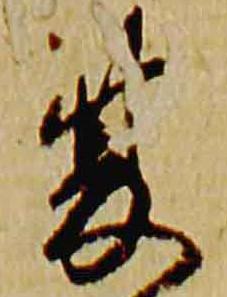
夏